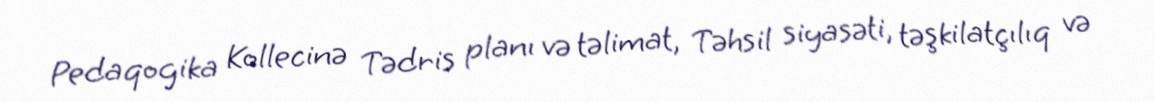
Pedaqogika Kollecinə Tədris planı və təlimat, Təhsil siyasəti, təşkilatçılıq və